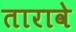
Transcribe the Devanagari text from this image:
तारावे